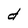
Character: d